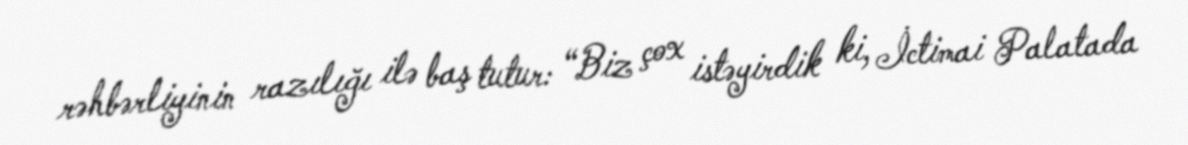
rəhbərliyinin razılığı ilə baş tutur: “Biz çox istəyirdik ki, İctimai Palatada